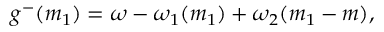
g ^ { - } ( m _ { 1 } ) = \omega - \omega _ { 1 } ( m _ { 1 } ) + \omega _ { 2 } ( m _ { 1 } - m ) ,